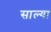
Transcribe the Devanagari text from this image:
साल्या